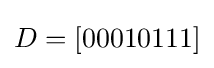
D=[00010111]